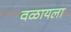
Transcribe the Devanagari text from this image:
वळायला